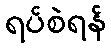
ရပ်စဲရန်